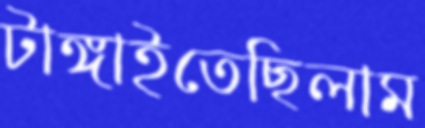
টাঙ্গাইতেছিলাম